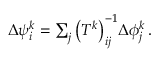
\begin{array} { r } { \Delta { \psi } _ { i } ^ { k } = \sum _ { j } \big ( T ^ { k } \big ) _ { i j } ^ { - 1 } \Delta { \phi } _ { j } ^ { k } \, . } \end{array}